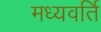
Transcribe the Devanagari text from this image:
मध्यवर्ति